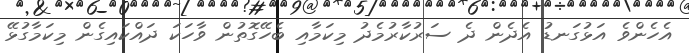
އެހެންވެ އަޅުގަނޑު އެދެން ދެ ސަރުކާރުމެދު މިކަމާއި ބެހޭގޮތުން ވާހަކަ ދައްކައިގެން މިކަމާގުޅޭ